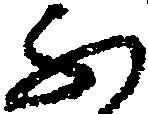
ふ